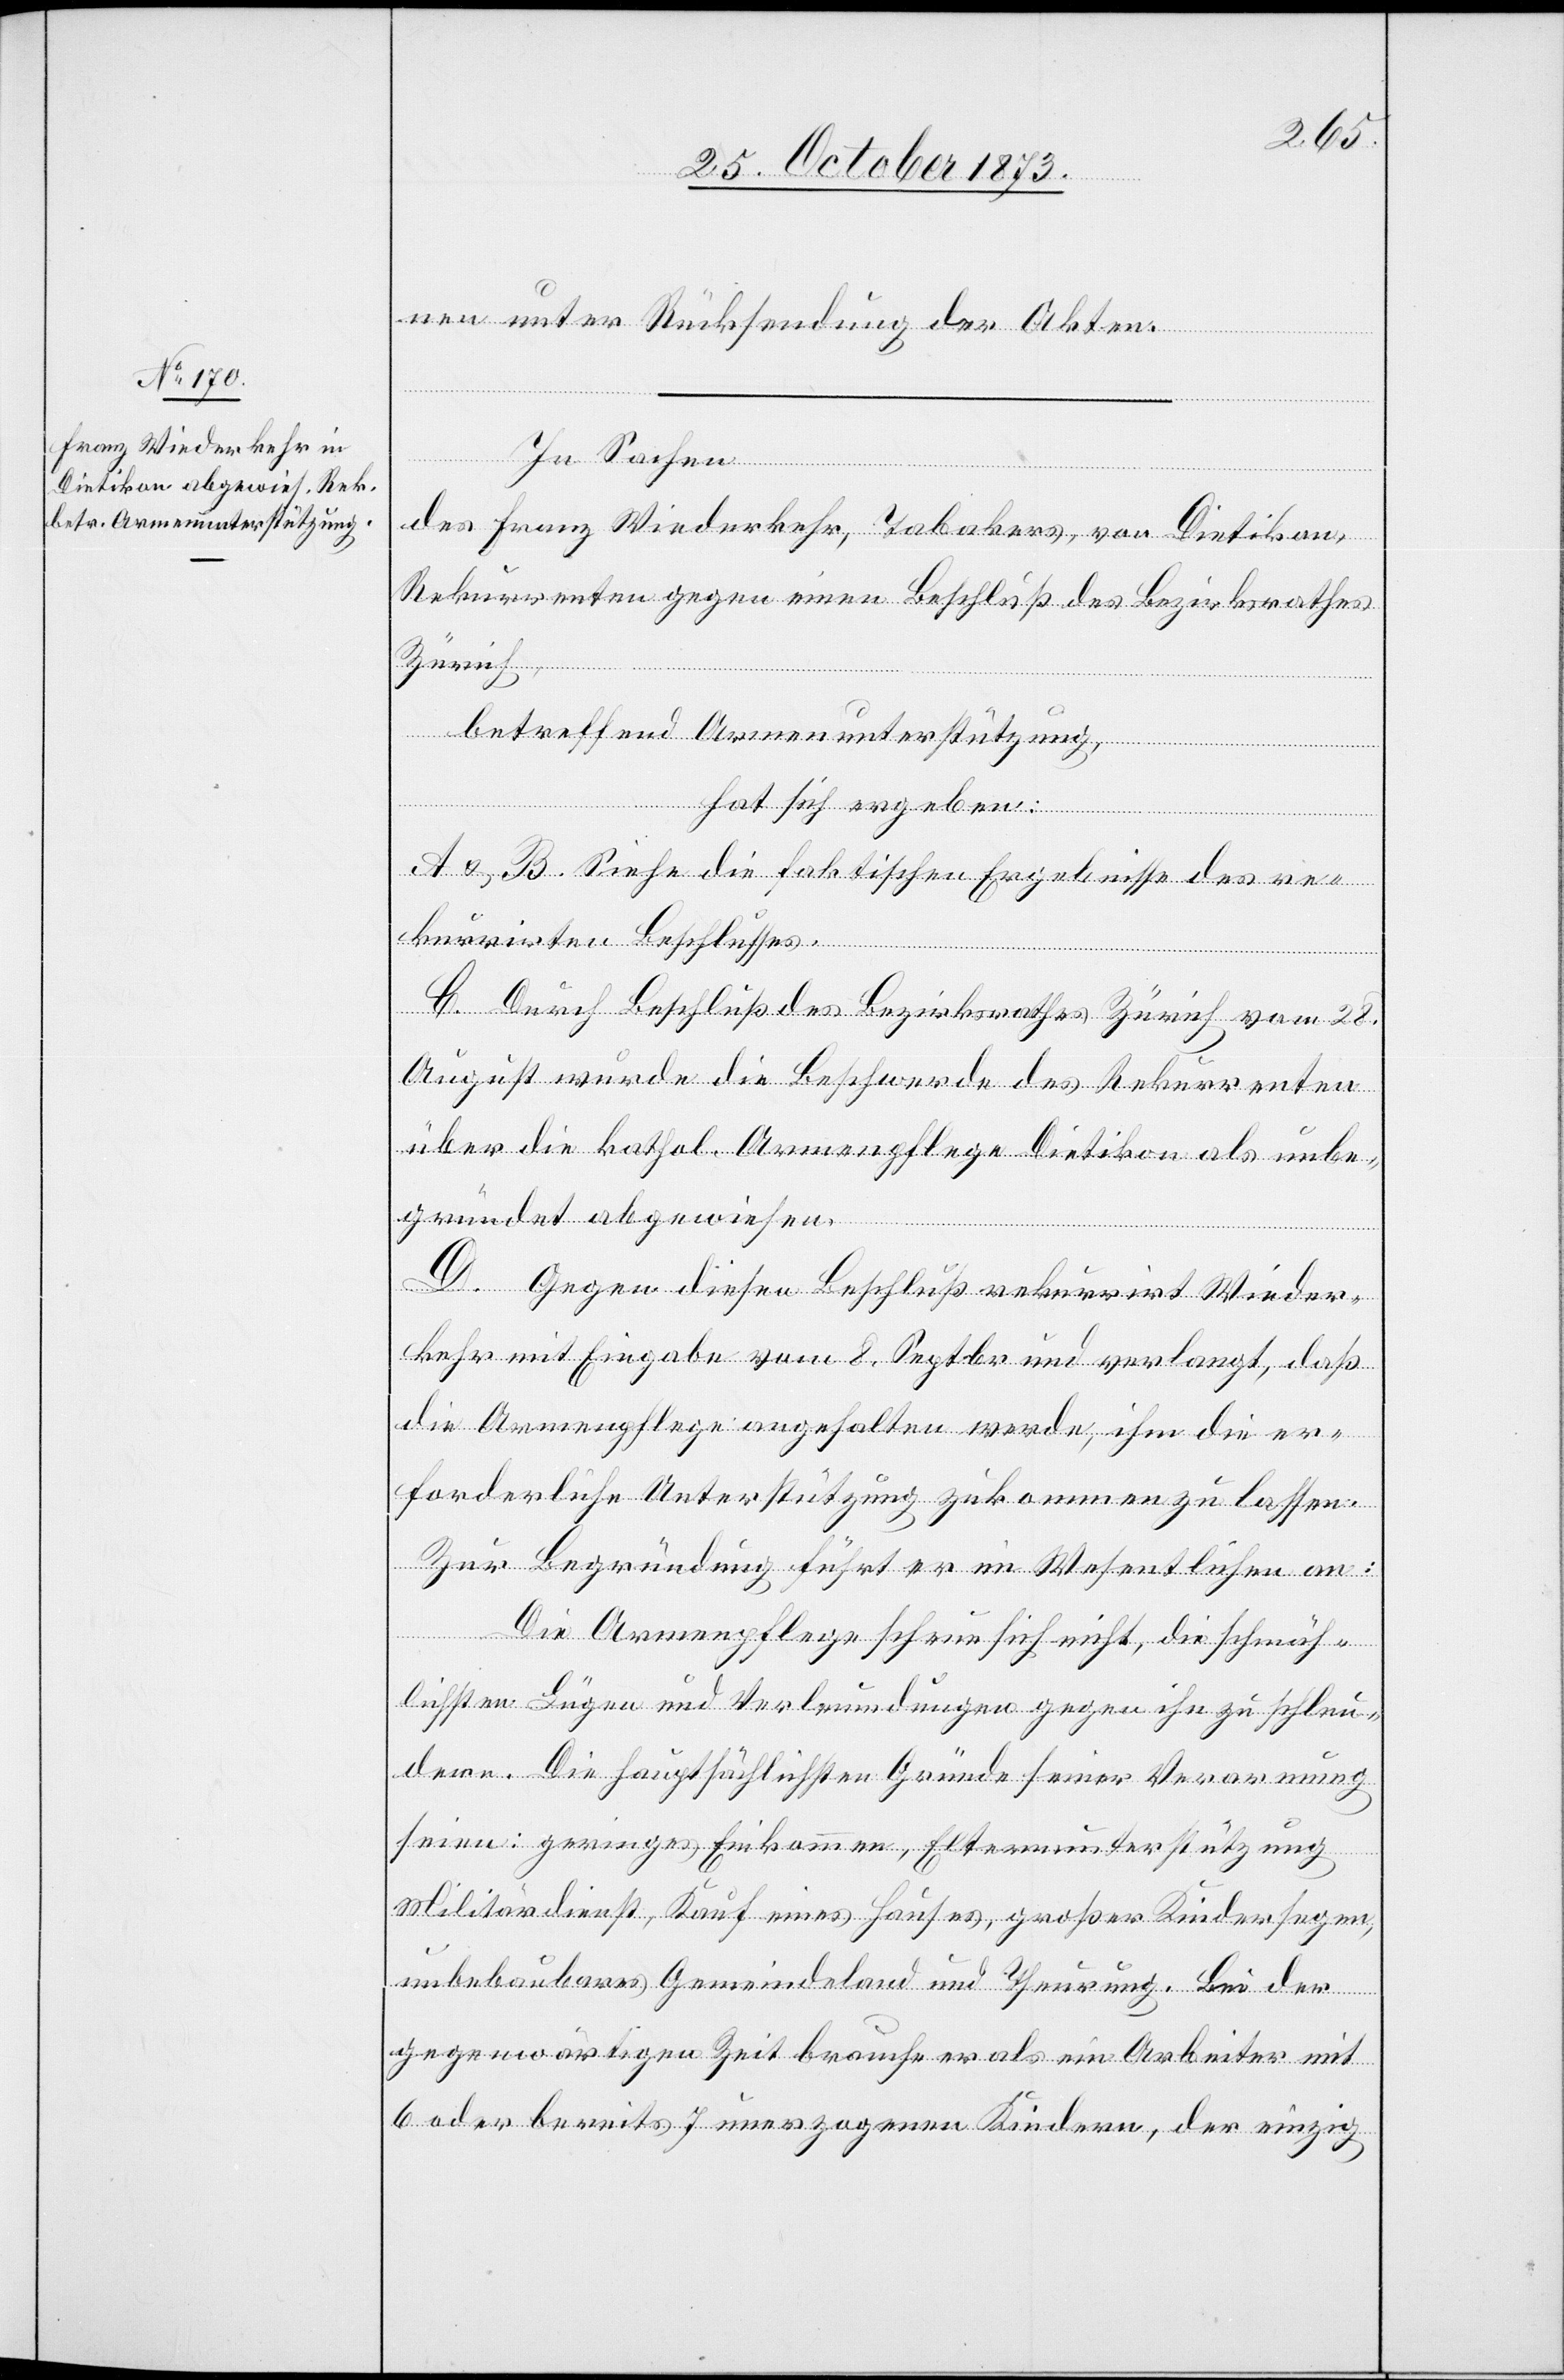
nen unter Rücksendung der Akten.
In Sachen
des Franz Wiederkehr, Tabakers, von Dietikon,
Rekurrenten gegen einen Beschluß des Bezirksrathes
Zürich,
betreffend Armenunterstützung,
hat sich ergeben:
A & B. Siehe die faktischen Ergebnisse des re¬
kurrirten Beschlusses.
C. Durch Beschluß des Bezirksrathes Zürich vom 28.
August wurde die Beschwerde des Rekurrenten
über die kathol. Armenpflege Dietikon als unbe¬
gründet abgewiesen.
D. Gegen diesen Beschluß rekurrirt Wieder¬
kehr mit Eingabe vom 8. Septbr und verlangt, daß
die Armenpflege angehalten werde, ihm die er¬
forderliche Unterstützung zukommen zu lassen.
Zur Begründung führt er im Wesentlichen an:
Die Armenpflege scheue sich nicht, die schmäh¬
lichsten Lügen und Verleumdungen gegen ihn zu schleu¬
dern. Die hauptsächlichsten Gründe seiner Verarmung
seien: geringes Einkommen, Elternunterstützung
Militärdienst, Kauf eines Hauses, großer Kindersegen,
unbebaubares Gemeindeland und Theurung. Bei der
gegenwärtigen Zeit brauche er als ein Arbeiter mit
6 oder bereits 7 unerzogenen Kindern, der einzig